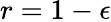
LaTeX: r=1-\epsilon